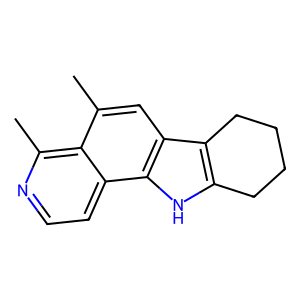
SMILES: Cc1cc2c3c([nH]c2c2ccnc(C)c12)CCCC3
Inhibits HIV replication: No